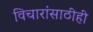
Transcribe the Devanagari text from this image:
विचारांसाठीही